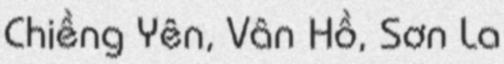
Chiềng Yên, Vân Hồ, Sơn La